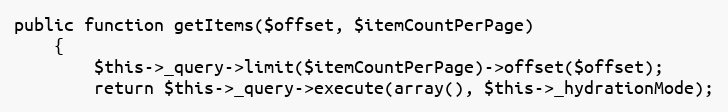
Language: PHP
public function getItems($offset, $itemCountPerPage)
    {
        $this->_query->limit($itemCountPerPage)->offset($offset);
        return $this->_query->execute(array(), $this->_hydrationMode);